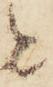
と